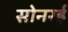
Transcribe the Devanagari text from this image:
सोनरई